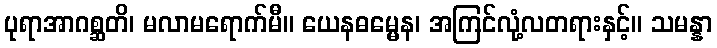
ပုရာအာဂစ္ဆတိ၊ မလာမရောက်မီ။ ယေနဓမ္မေန၊ အကြင်လုံ့လတရားနှင့်။ သမန္နာ